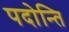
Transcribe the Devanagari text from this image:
पदोन्ति